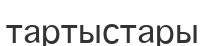
тартыстары